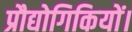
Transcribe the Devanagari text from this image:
प्रौद्योगिकियों।